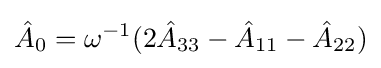
{\hat {A}}_{0}=\omega ^{-1}(2{\hat {A}}_{33}-{\hat {A}}_{11}-{\hat {A}}_{22})